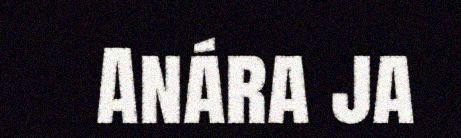
Anára ja